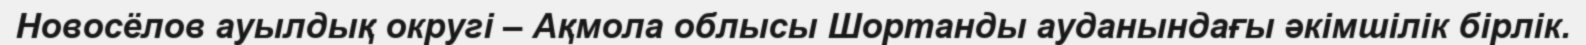
Новосёлов ауылдық округі – Ақмола облысы Шортанды ауданындағы әкімшілік бірлік.